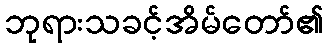
ဘုရားသခင့်အိမ်တော်၏